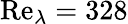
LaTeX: \mathrm{Re}_{\lambda}=328